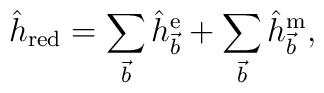
\hat h_{\rm red}=\sum_{\vec b}\hat h^{\rm e}_{\vec b}+\sum_{\vec b}\hat h^{\rm m}_{\vec b},